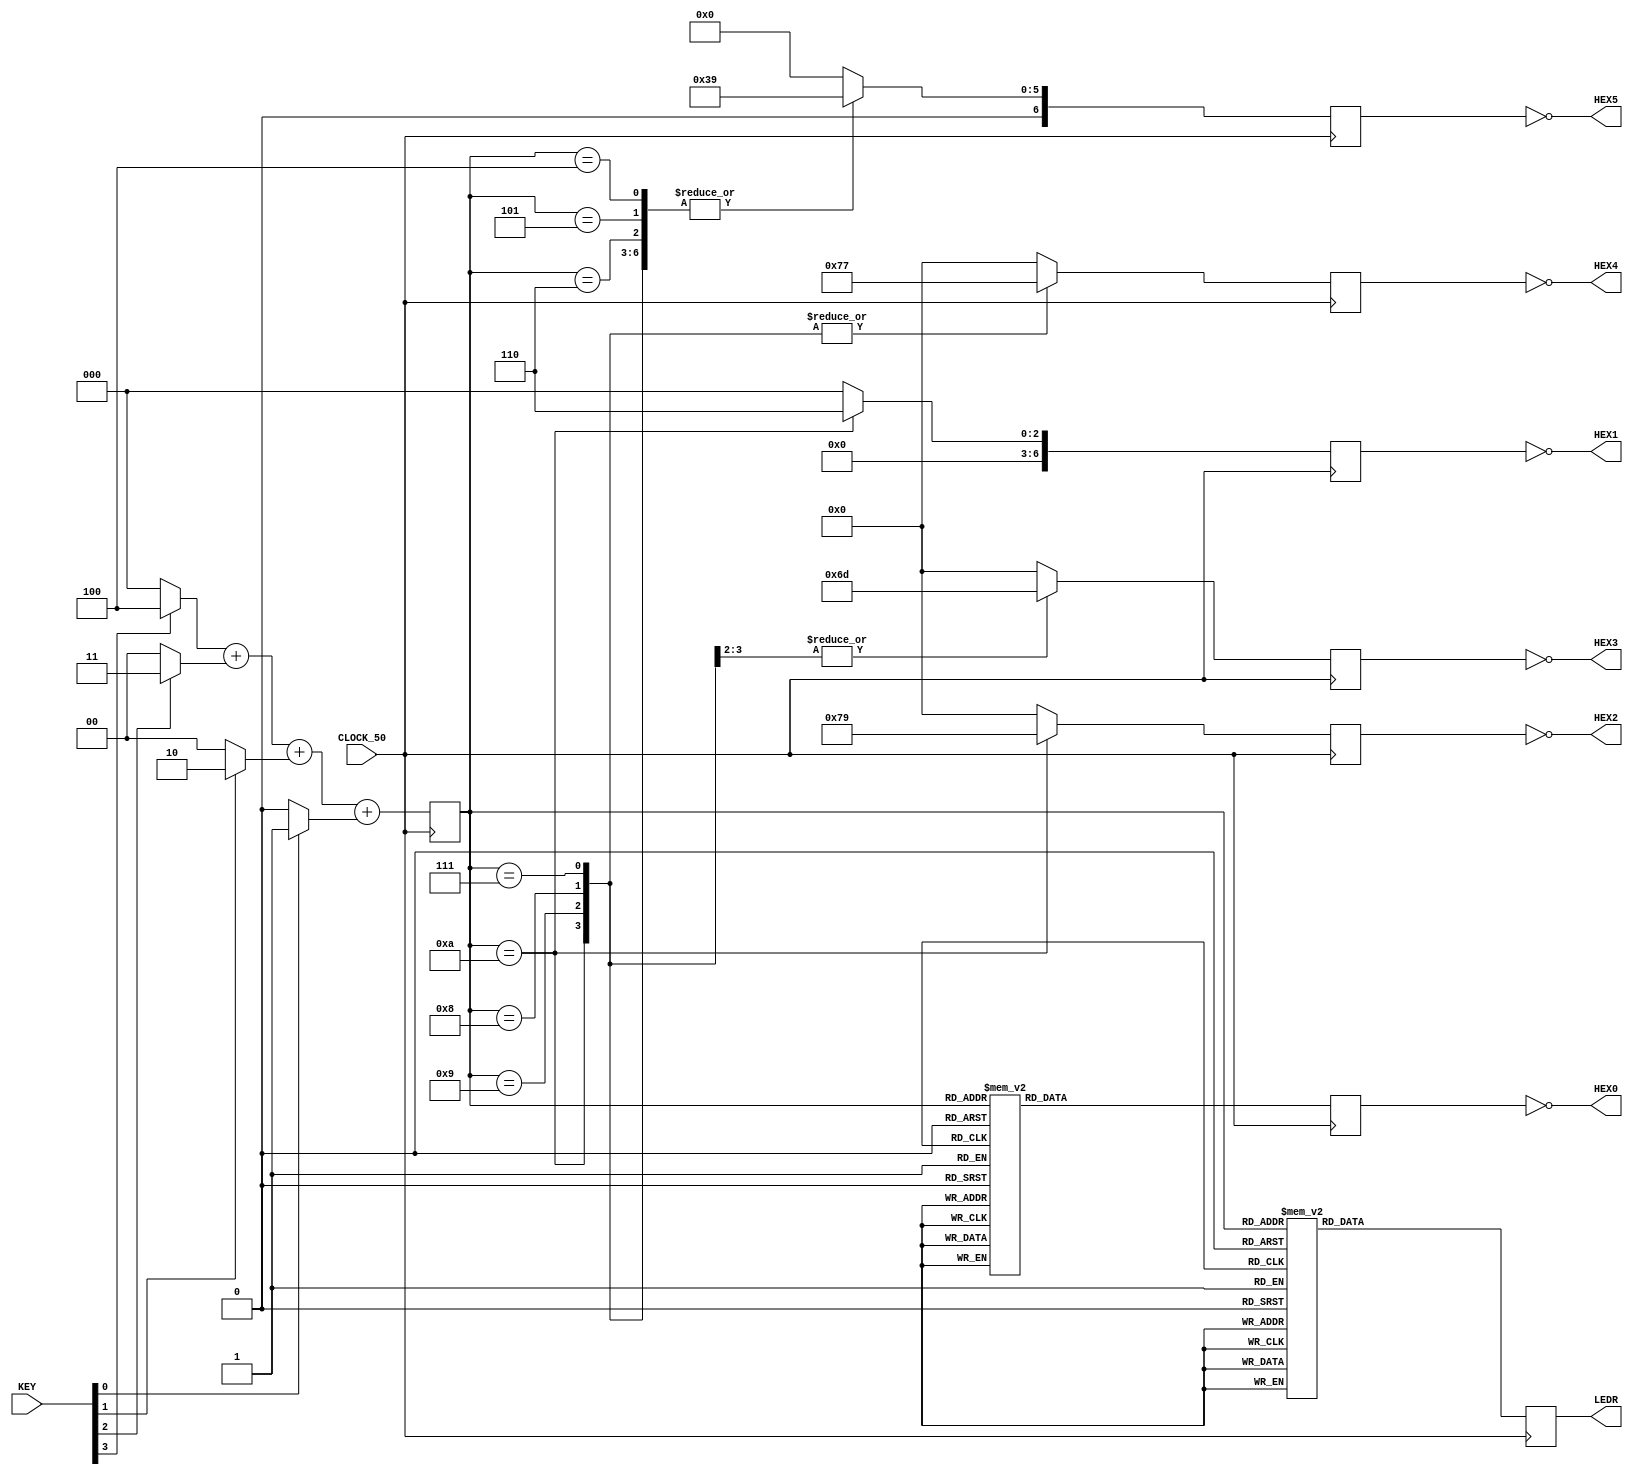
module Lab1_Frustration_Module
  (
	 // LED Signals
	 output reg [9:0] LEDR,

	 // HEX LED Display Signals (Active-Low)
	 output [6:0]     HEX0, // HEX LED Disp 0
	 output [6:0]     HEX1, // HEX LED Disp 1
	 output [6:0]     HEX2, // HEX LED Disp 2
	 output [6:0]     HEX3, // HEX LED Disp 3
	 output [6:0]     HEX4, // HEX LED Disp 4
	 output [6:0]     HEX5, // HEX LED Disp 5

	 // Key Button Signals
	 input [3:0]      KEY,

	 // Clock Signal
	 input            CLOCK_50
   );


	 ////////////////////////////////////////////////////////
	//
	 // Key Button Adder
	 //
	 // Keys are assigned values 1, 2, 3, 4.  The Key values are summed then displayed.
	 //
	 reg [3:0]        key_value;
	 wire [3:0]       key0_value;
	 wire [3:0]       key1_value;
	 wire [3:0]       key2_value;
	 wire [3:0]       key3_value;

	 //
	 // Assign values to each key when pressed
	 //
	 assign key0_value = KEY[0] ? 4'h1 : 4'h0; // KEY[0] = 1
	 assign key1_value = KEY[1] ? 4'h2 : 4'h0; // KEY[1] = 2
	 assign key2_value = KEY[2] ? 4'h3 : 4'h0; // KEY[3] = 3
	 assign key3_value = KEY[3] ? 4'h4 : 4'h0; // KEY[4] = 4

	 //
	 // Sum all key values
	 //
	 always @(posedge CLOCK_50)
	   begin
		    key_value = key3_value + key2_value + key1_value + key0_value;
	   end


	 ////////////////////////////////////////////////////////
	 //
	 // LED Display
	 //
	 // Show the summed Key value on the LEDs
	 //
	 always @(posedge CLOCK_50)
	   begin
		    case (key_value)
			    4'h0 : LEDR <= 10'b0000000000;
			    4'h1 : LEDR <= 10'b0000000001;
			    4'h2 : LEDR <= 10'b0000000011;
			    4'h3 : LEDR <= 10'b0000000111;
			    4'h4 : LEDR <= 10'b0000001111;
			    4'h5 : LEDR <= 10'b0000011111;
			    4'h6 : LEDR <= 10'b0000111111;
			    4'h7 : LEDR <= 10'b0001111111;
			    4'h8 : LEDR <= 10'b0011111111;
			    4'h9 : LEDR <= 10'b0111111111;
			    4'hA : LEDR <= 10'b1111111111;
			    default : LEDR <= 10'b0000000000;
		    endcase
	   end


	 ////////////////////////////////////////////////////////
	 //
	 // HEX Display
	 //
	 //  Show the summed value on Hex displays 1 & 0
	 //  Show a message on Hex displays 2-5
	 //
	 reg [6:0] hex0_reg;
	 reg [6:0] hex1_reg;
	 reg [6:0] hex2_reg;
	 reg [6:0] hex3_reg;
	 reg [6:0] hex4_reg;
	 reg [6:0] hex5_reg;

	 //
	 // HEX signals are active-low so invert the output signals
	 //
	 assign HEX0 = ~hex0_reg;
	 assign HEX1 = ~hex1_reg;
	 assign HEX2 = ~hex2_reg;
	 assign HEX3 = ~hex3_reg;
	 assign HEX4 = ~hex4_reg;
	 assign HEX5 = ~hex5_reg;

	 //
	 // HEX0 Data
	 //
	 always @(posedge CLOCK_50)
	   begin
		    case (key_value)
			    4'h0 : hex0_reg <= 7'h3F; // 0
			    4'h1 : hex0_reg <= 7'h06; // 1
			    4'h2 : hex0_reg <= 7'h5B; // 2
			    4'h3 : hex0_reg <= 7'h4F; // 3
			    4'h4 : hex0_reg <= 7'h66; // 4
			    4'h5 : hex0_reg <= 7'h6D; // 5
			    4'h6 : hex0_reg <= 7'h7D; // 6
			    4'h7 : hex0_reg <= 7'h27; // 7
			    4'h8 : hex0_reg <= 7'h7F; // 8
			    4'h9 : hex0_reg <= 7'h6F; // 9
			    4'hA : hex0_reg <= 7'h3F; // 0
			    default : hex0_reg <= 7'h00; // Space
		    endcase
	   end

	 //
	 // HEX1 Data
	 //
	 always @(posedge CLOCK_50)
	   begin
		    case (key_value)
			    4'hA : hex1_reg <= 7'h06; // 1
			    default : hex1_reg <= 7'h00; // Space
		    endcase
	   end

	 //
	 // HEX2 Data
	 //
	 always @(posedge CLOCK_50)
	   begin
		    case (key_value)
			    4'hA : hex2_reg <= 7'h79; // E
			    default : hex2_reg <= 7'h00; // Space
		    endcase
	   end

	 //
	 // HEX3 Data
	 //
	 always @(posedge CLOCK_50)
	   begin
		    case (key_value)
			    4'h9,
			    4'hA : hex3_reg <= 7'h6D; // S
			    default : hex3_reg <= 7'h00; // Space
		    endcase
	   end

	 //
	 // HEX4 Data
	 //
	 always @(posedge CLOCK_50)
	   begin
		    case (key_value)
			    4'h7,
			    4'h8,
			    4'h9,
			    4'hA : hex4_reg <= 7'h77; // A
			    default : hex4_reg <= 7'h00; // Space
		    endcase
	   end

	 //
	 // HEX5 Data
	 //
	 always @(posedge CLOCK_50)
	   begin
		    case (key_value)
			    4'h4,
			    4'h5,
			    4'h6,
			    4'h7,
			    4'h8,
			    4'h9,
			    4'hA : hex5_reg <= 7'h39; // C
			    default : hex5_reg <= 7'h00; // Space
		    endcase
	   end

endmodule